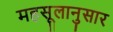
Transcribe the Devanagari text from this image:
महसूलानुसार